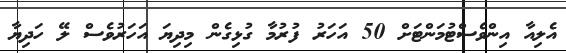
އެލިއާ އިންވެސްޓުމަންޓަށް 50 އަހަރު ފުރުމާ ގުޅިގެން މިދިޔަ އަހަރުވެސް ލޭ ހަދިޔާ